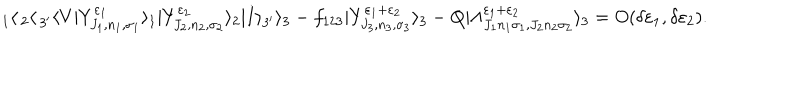
LaTeX: _ 1 \langle \, _ { 2 } \langle \, _ { 3 ^ { \prime } } \langle V | Y _ { J _ { 1 } , n _ { 1 } , \sigma _ { 1 } } ^ { \varepsilon _ { 1 } } \rangle _ { 1 } | Y _ { J _ { 2 } , n _ { 2 } , \sigma _ { 2 } } ^ { \varepsilon _ { 2 } } \rangle _ { 2 } | I \rangle _ { 3 ^ { \prime } } \rangle _ { 3 } - f _ { 1 2 3 } | Y _ { J _ { 3 } , n _ { 3 } , \sigma _ { 3 } } ^ { \varepsilon _ { 1 } + \varepsilon _ { 2 } } \rangle _ { 3 } - Q | \Lambda _ { J _ { 1 } n _ { 1 } \sigma _ { 1 } , J _ { 2 } n _ { 2 } \sigma _ { 2 } } ^ { \varepsilon _ { 1 } + \varepsilon _ { 2 } } \rangle _ { 3 } = O ( \delta \varepsilon _ { 1 } , \delta \varepsilon _ { 2 } ) .